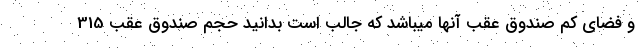
و فضای کم صندوق عقب آنها میباشد که جالب است بدانید حجم صندوق عقب 315